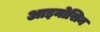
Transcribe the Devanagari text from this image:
आइनोसिन